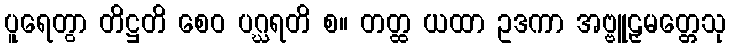
ပူရေတွာ တိဋ္ဌတိ စေဝ ပဂ္ဃရတိ စ။ တတ္ထ ယထာ ဥဒကာ အဗ္ဗူဠှမတ္တေသု